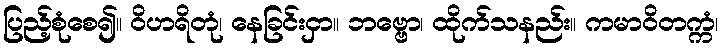
ပြည့်စုံစေ၍။ ဝိဟရိတုံ၊ နေခြင်းငှာ။ ဘဗ္ဗော၊ ထိုက်သနည်း။ ကမာဝိတက္ကံ၊